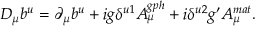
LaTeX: D _ { \mu } b ^ { u } = \partial _ { \mu } b ^ { u } + i g \delta ^ { u 1 } A _ { \mu } ^ { g p h } + i \delta ^ { u 2 } g ^ { \prime } A _ { \mu } ^ { m a t } .